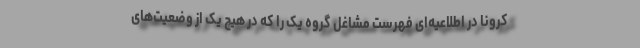
کرونا در اطلاعیه‌ای فهرست مشاغل گروه یک را که در هیچ یک از وضعیت‌های